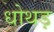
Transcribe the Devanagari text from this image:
धोथड़